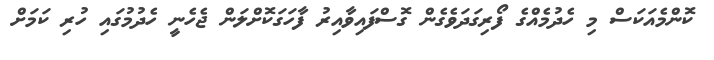
ކޮންމެއަކަސް މި ހެދުމެއްގެ ފޯރިގަދަވެގެން ގޮސްފައިވާއިރު ފާހަގަކޮށްލަން ޖެހެނީ ހެދުމުގައި ހުރި ކަމަށް